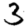
Digit: 3